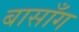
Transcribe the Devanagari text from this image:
बासाँग